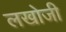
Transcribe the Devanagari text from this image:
लखोजी